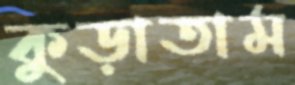
কুড়াতাম